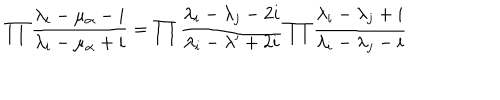
\prod { \frac { \lambda _ { i } - \mu _ { \alpha } - i } { \lambda _ { i } - \mu _ { \alpha } + i } } = \prod { \frac { \lambda _ { i } - \lambda _ { j } - 2 i } { \lambda _ { i } - \lambda ^ { \prime } + 2 i } } \prod { \frac { \lambda _ { i } - \lambda _ { j } + i } { \lambda _ { i } - \lambda _ { j } - i } }